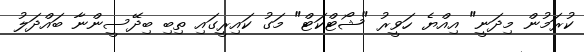
ކުރަމުން މިދަނީ" އިއްޔެ ހަވީރު "ޝޯޓްކަޓް" މަގު ކައިރީގައި ތިބި ބިދޭސީންނާ ބައްދަލު